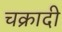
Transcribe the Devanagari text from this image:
चक्रादी